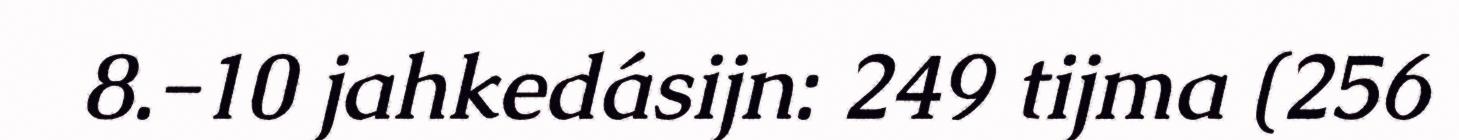
8.-10 jahkedásijn: 249 tijma (256